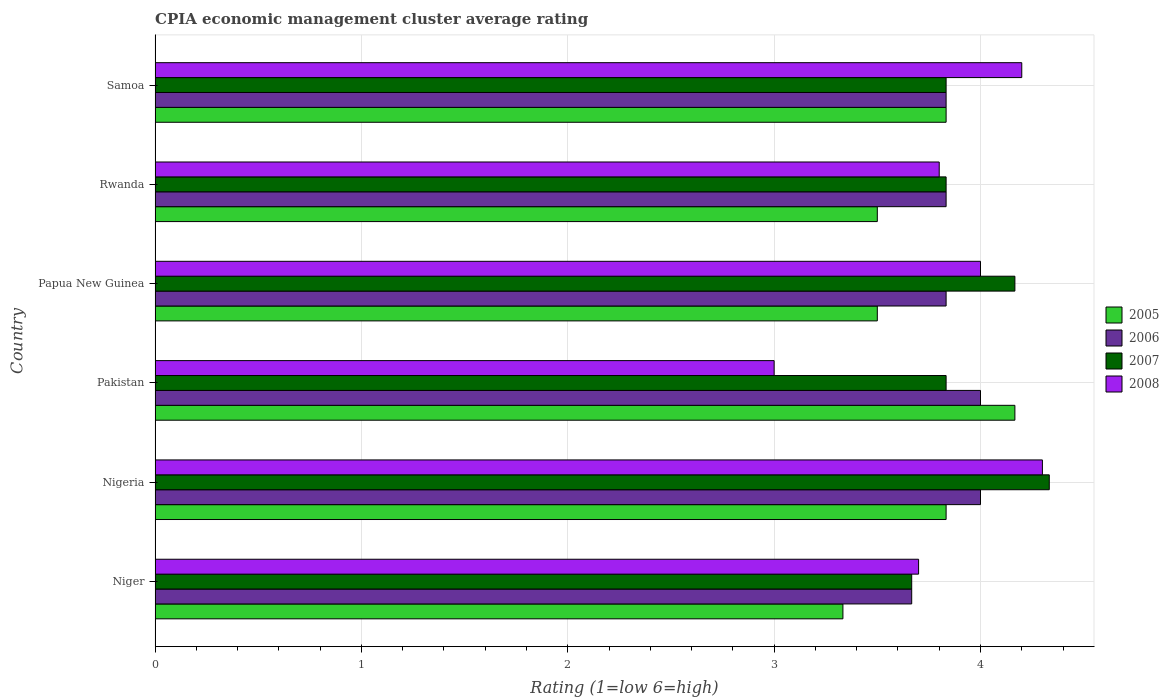
| Country | 2005 | 2006 | 2007 | 2008 |
 | --- | --- | --- | --- | --- |
 | Niger | 3.33 | 3.67 | 3.67 | 3.7 |
 | Nigeria | 3.83 | 4 | 4.33 | 4.3 |
 | Pakistan | 4.17 | 4 | 3.83 | 3 |
 | Papua New Guinea | 3.5 | 3.83 | 4.17 | 4 |
 | Rwanda | 3.5 | 3.83 | 3.83 | 3.8 |
 | Samoa | 3.83 | 3.83 | 3.83 | 4.2 |